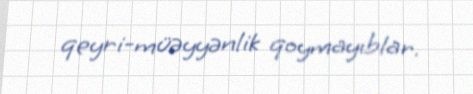
qeyri-müəyyənlik qoymayıblar.